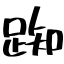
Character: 踟